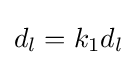
d_{l}=k_{1}d_{l}